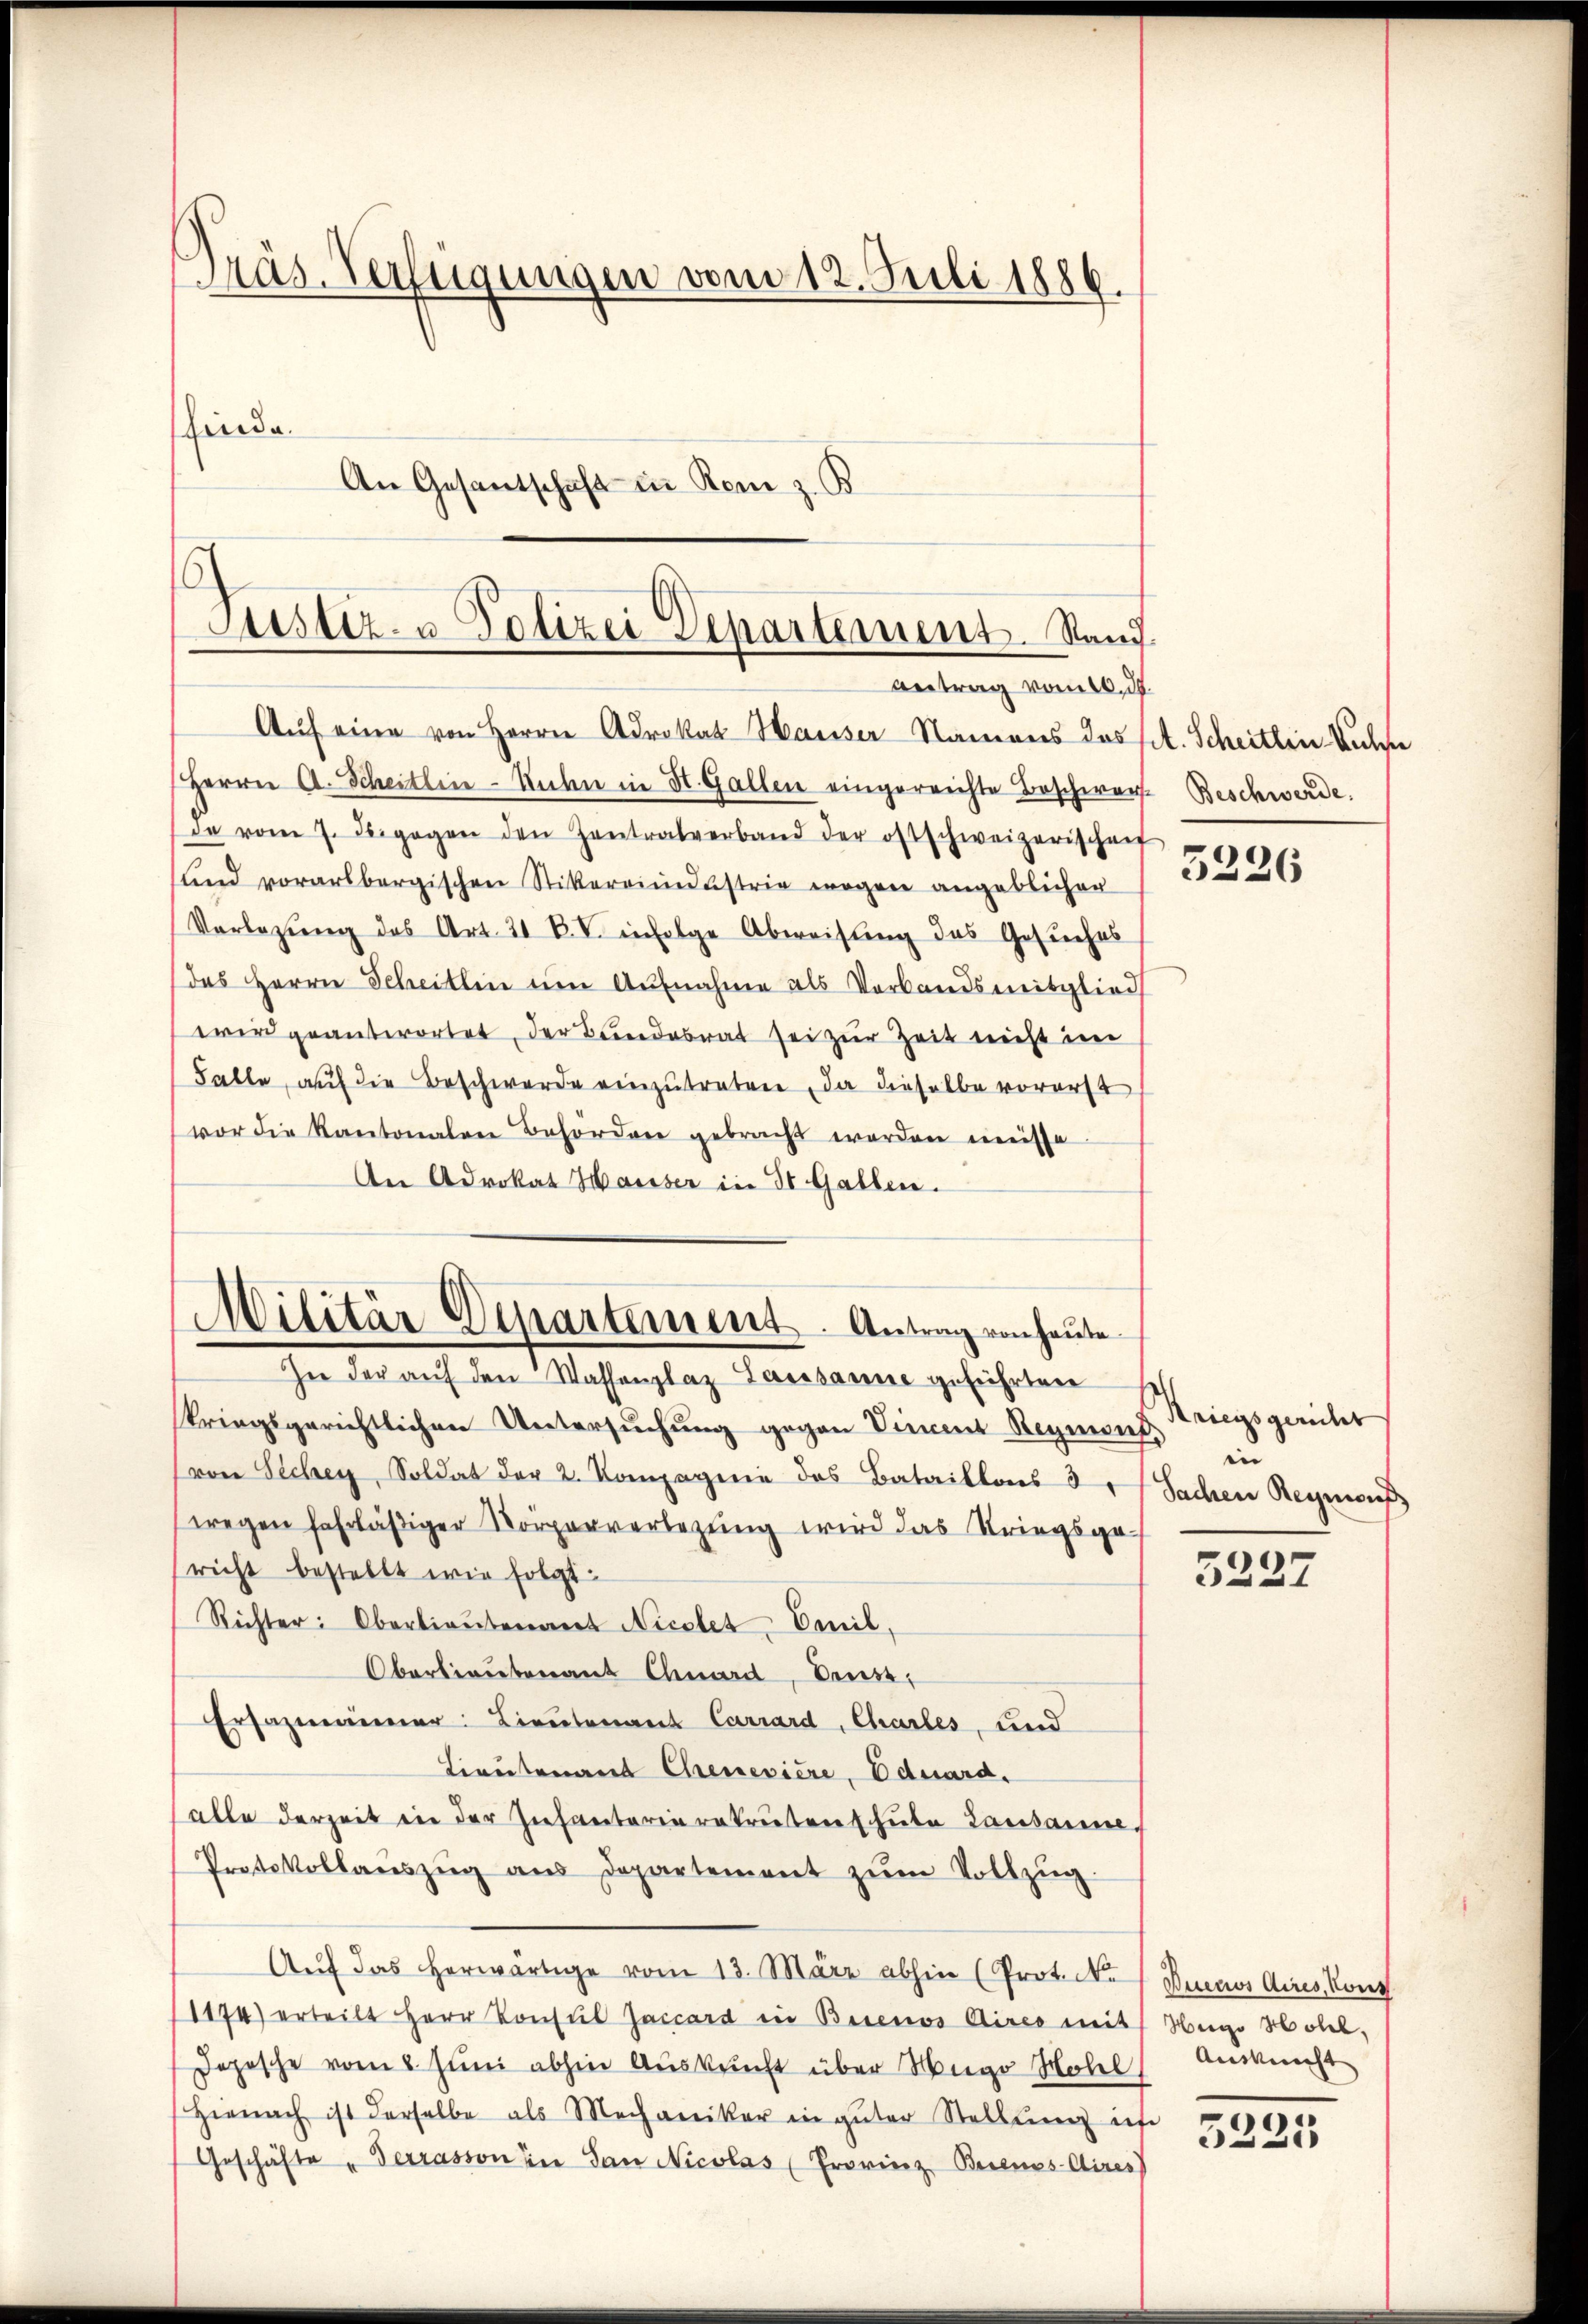
Präs. Verfügungen vom 12. Juli 1886.
finde.
An Gesantschaft in Rom z. B.

Justiz- u Polizei Departement. Stand
Antrag vom 10. d.

Militär Departement. Antrag von heute

Aŭf eine von Herrn Advokat Hauser Namens dos st. Scheitlin Kuche
Herrn A. Scheitlin - Ruchen in St. Gallen eingereichte Beschwert Beschwerde.
de vom 7. Feigegen den Zentralverband der ostschweizerischaf
und vorarlbergischen Stickereiindustrie wegen angeblicher
Vorlegung des Art. 21 R. V. infolge Abweistung des Gesuches
das Herrn Scheitlin um Aufnahme als Verbandsweisglied
wird geantwortet, der Bundesrat sei zur Zeit nicht im
Falle, aŭf die Beschwerde einzŭtreten, da dieselbe vorerst
vor die Kantonalen Behörden gebracht werden meiste
An Advokat Hauser in St. Gallen.
In der auf den Wassenplaz Lausanne geführten
skriegsgerichtlichen Untersuchung gegen Vincent Regions,
von Sicher, Soldat der 2. Kompagnie des Bataillons 3 Sachen Regens
wegen fahrläßiger Körperverlegung wird das Kriegsgericht bestellt wie folgt.
Richter: Oberlieŭtenant Nicolet Emil.
Oberbenant Chard, denst
Ersazmänner Lieutenant Carrard, Chartes, und
Lieutenant Chenevière, Eduard,
alle derzeit in der Ziehantarierekruten schule Lausanne,
Protokollaŭszŭg aŭs Departement zŭm Vollzŭg.
Aŭf das herwärtige vom 13. März abhin (Prot. N. / Ducaos Aires, Kont
1174) erteilt Herr Konsul Jaccard in Beienos Aires mit Hugo Hotel,
Depesche vom 8. Juni abhin Auskunft über Hugo Molel
Hienach ist derselbe als Mechaniker in gŭter Stellŭng ich
Geschäfte „Verrasson in San Nicolas (Provinz Berenos-Aires

5226

Kriegsgericht
 |

5227

Auskunft

5225